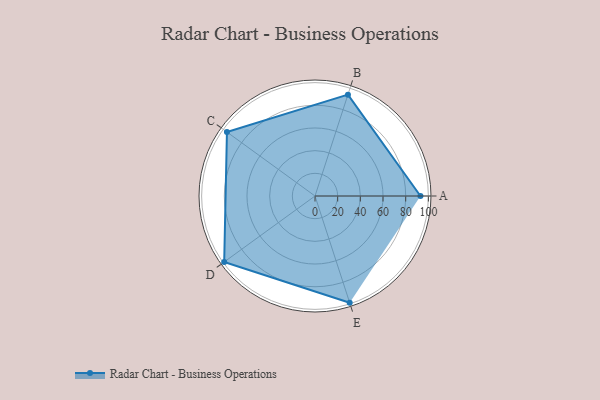
{"axis": {"x": "Skill", "y": "Score"}, "legend": ["Profile"], "data": [{"x": "A", "y": 93.0, "type": "Profile"}, {"x": "B", "y": 94.0, "type": "Profile"}, {"x": "C", "y": 96.0, "type": "Profile"}, {"x": "D", "y": 99.0, "type": "Profile"}, {"x": "E", "y": 99, "type": "Profile"}]}